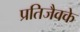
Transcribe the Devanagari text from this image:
प्रतिजैवके